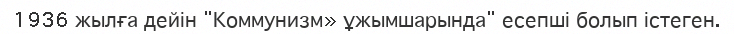
1936 жылға дейін "Коммунизм» ұжымшарында" есепші болып істеген.